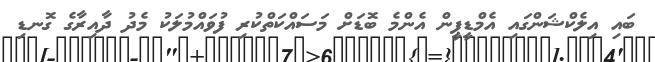
ބައި އިލެކްޝަންގައި އެމްޑީޕީން އެންމެ ބޮޑަށް މަސައްކަތްކުރި ފުވައްމުލަކު މެދު ދާއިރާގެ ގޮނޑި